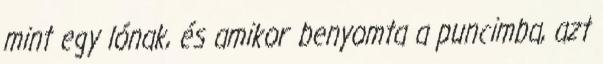
mint egy lónak, és amikor benyomta a puncimba, azt